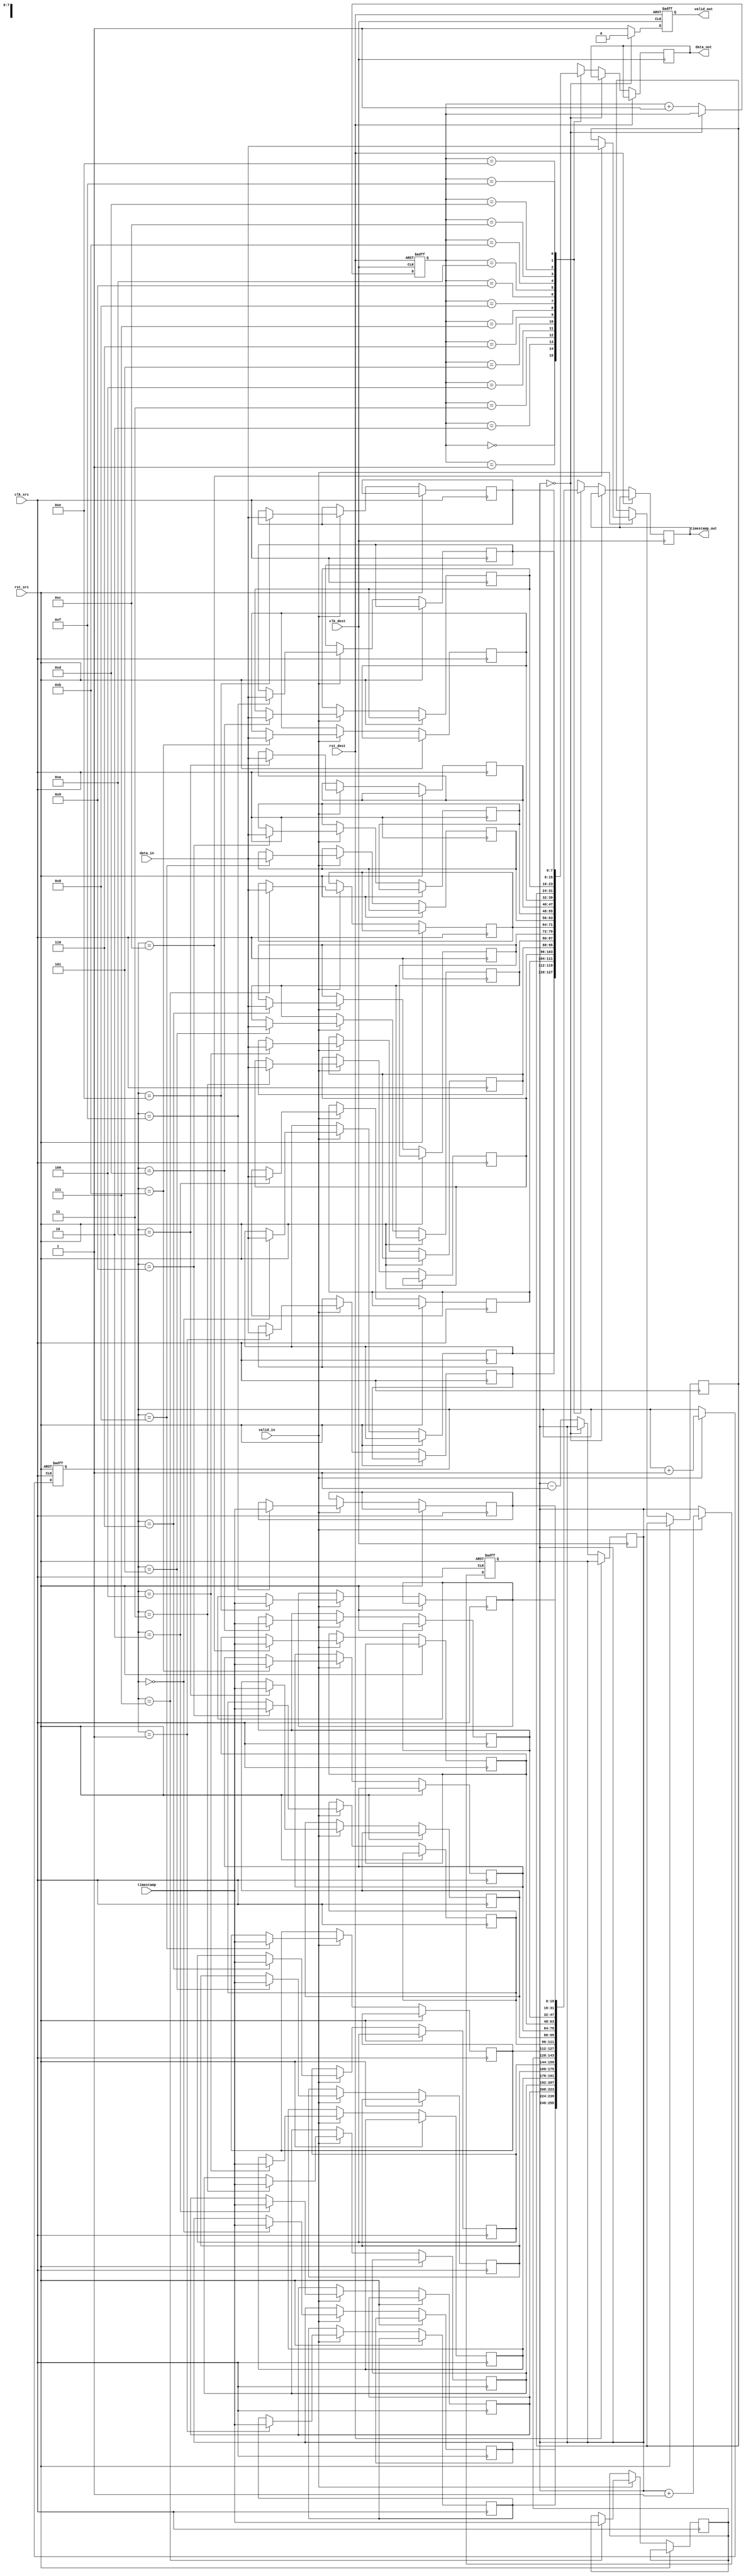
module timestamped_sync #(
    parameter DATA_WIDTH = 8,
    parameter TIMESTAMP_WIDTH = 16,
    parameter FIFO_DEPTH = 16 // Adjust as necessary
)(
    input wire clk_src,
    input wire clk_dest,
    input wire rst_src,
    input wire rst_dest,
    input wire [DATA_WIDTH-1:0] data_in,
    input wire [TIMESTAMP_WIDTH-1:0] timestamp,
    input wire valid_in,
    
    output reg [DATA_WIDTH-1:0] data_out,
    output reg [TIMESTAMP_WIDTH-1:0] timestamp_out,
    output reg valid_out
);

// FIFO signals
reg [DATA_WIDTH-1:0] fifo_data[FIFO_DEPTH-1:0];
reg [TIMESTAMP_WIDTH-1:0] fifo_ts[FIFO_DEPTH-1:0];
reg [3:0] write_ptr, read_ptr;
reg [3:0] count;

wire fifo_empty = (count == 0);
wire fifo_full = (count == FIFO_DEPTH);

// Write logic (source clock domain)
always @(posedge clk_src or posedge rst_src) begin
    if (rst_src) begin
        write_ptr <= 0;
        count <= 0;
    end else if (valid_in && !fifo_full) begin
        fifo_data[write_ptr] <= data_in;
        fifo_ts[write_ptr] <= timestamp;
        write_ptr <= write_ptr + 1;
        count <= count + 1;
    end
end

// Read logic (destination clock domain)
always @(posedge clk_dest or posedge rst_dest) begin
    if (rst_dest) begin
        read_ptr <= 0;
        valid_out <= 0;
    end else if (!fifo_empty) begin
        data_out <= fifo_data[read_ptr];
        timestamp_out <= fifo_ts[read_ptr];
        read_ptr <= read_ptr + 1;
        valid_out <= 1;
        count <= count - 1;
    end else begin
        valid_out <= 0; // No data available
    end
end

endmodule